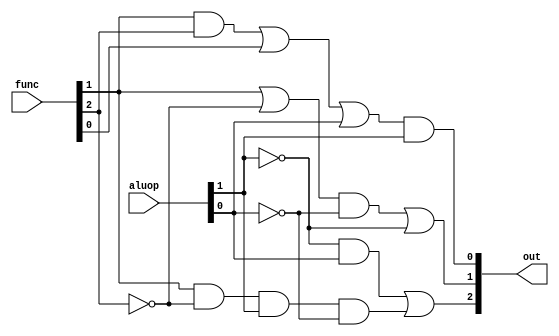
module ALUControl(out, aluop, func);

input [5:0] func;
input [1:0] aluop;
output [2:0] out;

wire wx1, wx2, wy1, wy2, wz1, wz2;

and ax1(wx1,~aluop[1],aluop[0]),
	ax2(wx2,func[1],~func[2],aluop[1],~aluop[0]);
or ox1(out[2],wx1,wx2);

or oy1(wy1,func[1],~func[2]);
and ay1(wy2,wy1,~aluop[0]);
or oy2(out[1],wy2,~aluop[1]);

and az1(wz1,func[1],func[2]);
or oz1(wz2,wz1,func[0],aluop[0]);
and az2(out[0],wz2,aluop[1]);
	

endmodule